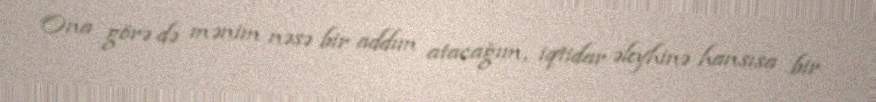
Ona görə də mənim nəsə bir addım atacağım, iqtidar əleyhinə hansısa bir